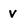
Character: v